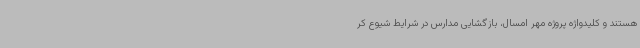
هستند و کلیدواژه پروژه مهر امسال، بازگشایی مدارس در شرایط شیوع کر